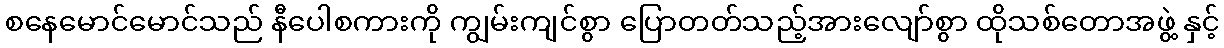
စနေမောင်မောင်သည် နီပေါစကားကို ကျွမ်းကျင်စွာ ပြောတတ်သည့်အားလျော်စွာ ထိုသစ်တောအဖွဲ့ နှင့်